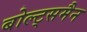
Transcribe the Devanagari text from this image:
बोल्ट्समैन